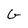
Character: G